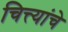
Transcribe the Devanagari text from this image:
चित्त्यांचे